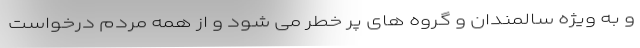
و به ویژه سالمندان و گروه های پر خطر می شود و از همه مردم درخواست